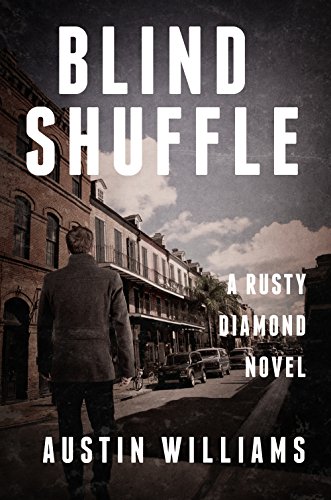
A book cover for Blind Shuffle: A Rusty Diamond Novel (Rusty Diamond Trilogy); Austin Williams; Mystery, Thriller & Suspense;